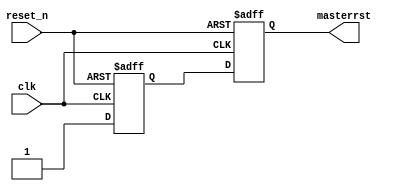
`timescale 1ns / 1ps
//////////////////////////////////////////////////////////////////////////////////
// Company: 
// Engineer: 
// 
// Design Name: 
// Module Name: masterrst
// Project Name: 
// Target Devices: 
// Tool Versions: 
// Description: 
// 
// Dependencies: 
// 
// Revision:
// Revision 0.01 - File Created
// Additional Comments:
// 
//////////////////////////////////////////////////////////////////////////////////


module masterrst(
output  reg masterrst,
input       clk,
input       reset_n
    );

reg resetOut;
    
always @(posedge clk, negedge reset_n)
begin
    if(!reset_n)    {resetOut, masterrst} <= 'b0;
    else            {masterrst,resetOut}  <= {resetOut,1'b1};
end    
endmodule